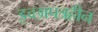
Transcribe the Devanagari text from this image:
इच्छापत्रहीन